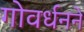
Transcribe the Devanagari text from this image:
गोवर्धनने